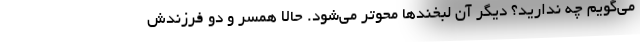
می‌گویم چه ندارید؟ دیگر آن لبخندها محوتر می‌شود. حالا همسر و دو فرزندش